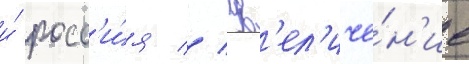
и́ росс'и́я // Ув'ел'иче́н'ие